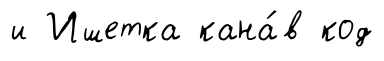
и Ишетка кана́в код